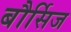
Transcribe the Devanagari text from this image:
बौर्सिज